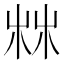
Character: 𣑼